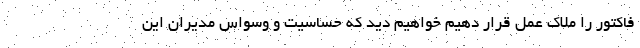
فاکتور را ملاک عمل قرار دهیم خواهیم دید که حساسیت و وسواس مدیران این